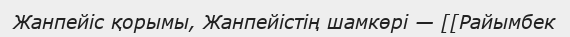
Жанпейіс қорымы, Жанпейістің шамкөрі — [[Райымбек